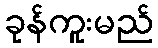
ခုန်ကူးမည်